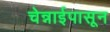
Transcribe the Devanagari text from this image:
चेन्नाईपासून